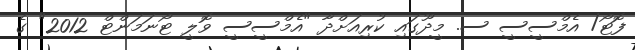
ފޮޓޯ/ އެމްސީސީ ސ. މީދޫގައި ކުރިއަށްދާ "އެމްސީސީ ވޮލީ ޓޯނަމަންޓް 2012" ގެ